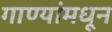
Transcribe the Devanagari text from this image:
गाण्यांमधून